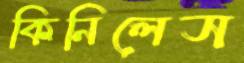
কিনিলেস